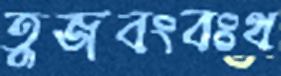
তুজবংবঃথ